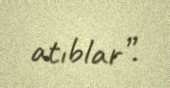
atıblar”.